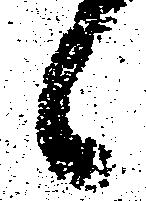
候